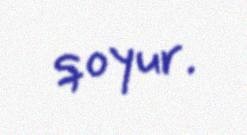
qoyur.